Leaving Certificate Examination, 1922
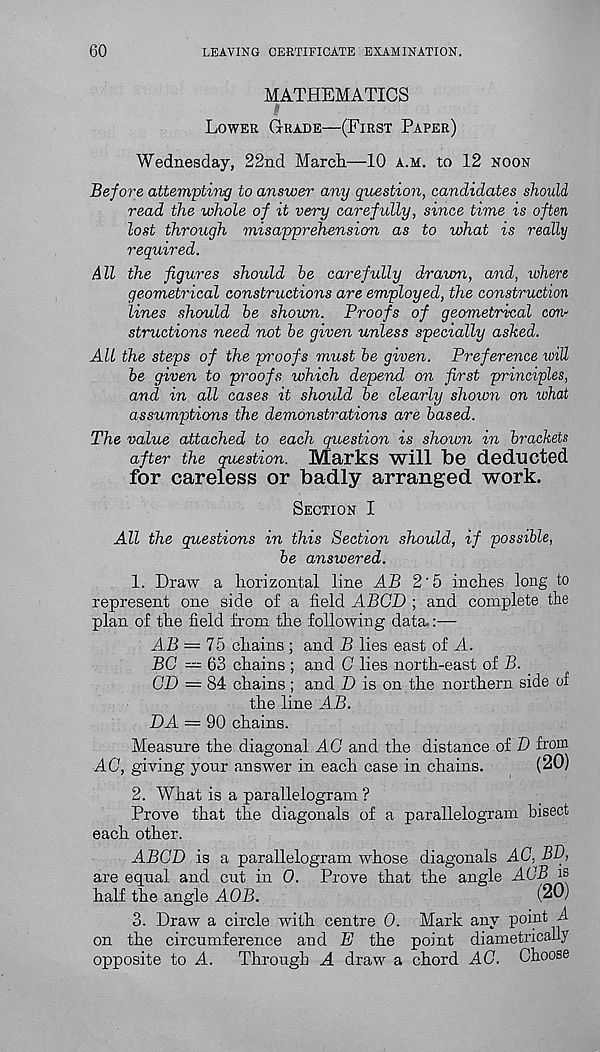
60
LEAVING CERTIFICATE EXAMINATION.
MATHEMATICS
#
Lower Grade—(First Paper)
Wednesday, 22nd March—10 a.m. to 12 noon
Before attempting to answer any question, candidates should
read the whole of it very carefully, since time is often
lost through misapprehension as to what is really
required.
All the figures should be carefully dravm, and, where
geometrical constructions are employed, the construction
lines should be shown. Proofs of geometrical con-
structions need not be given unless specially asked.
All the steps of the proofs must be given. Preference will
be given to proofs which depend on first principles,
and in all cases it shoidd be clearly shown on what
assumptions the demonstrations are based.
The value attached to each question is shown in brackets
after the question. Marks will be deducted
for careless or badly arranged work.
Section I
All the questions in this Section should, if possible,
be answered.
1. Draw a horizontal line AB 2'5 inches long to
represent one side of a field ABCD ; and complete the
plan of the field from the following data.:—
AB — 75 chains ; and B lies east of A.
BG — 63 chains ; and G lies north-east of B.
GD — 84 chains ; and D is on the northern side of
the line AB.
DA = 90 chains.
Measure the diagonal AC and the distance of D from
AG, giving your answer in each case in chains.
(20)
2. What is a parallelogram ?
Prove that the diagonals of a parallelogram bisect
each other.
ABGD is a parallelogram whose diagonals AC. BP,
are equal and cut in 0. Prove that the angle AGB is
half the angle AOB.
(20)
3. Draw a circle with centre 0. Mark any point A
on the circumference and E the point diametrically
opposite to A.
Through A draw a chord AG. Choose